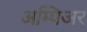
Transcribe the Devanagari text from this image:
अम्पिअर